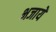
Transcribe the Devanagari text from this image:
भजायें